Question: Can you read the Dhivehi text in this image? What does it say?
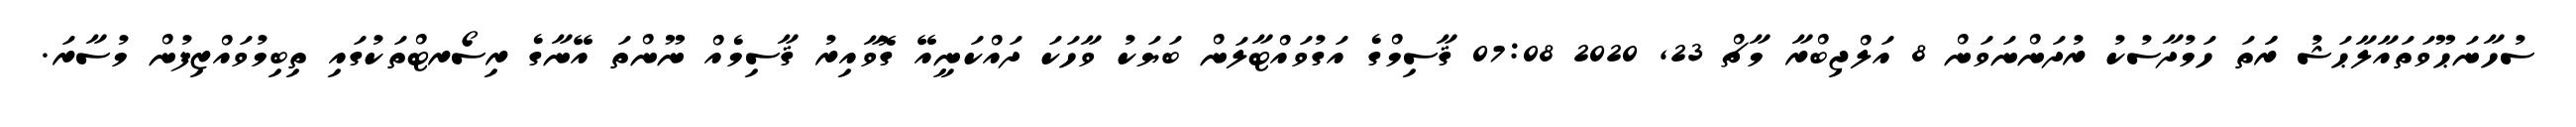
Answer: ސުހާނަޙޫވަތައާލާޙަޝު ރަަތަ ހަމުދާސުކު ރުދަންނަވަން 8 އަލްޖިބްރާ މާޗް 23, 2020 07:08 ޤާސިމްގެ އަގުވައްޓާލަން ބަޔަކު ވާހަކަ ދައްކަނީއޭ ގޮވާއިރު ޤާސިމެއް ނޫންތަ އޭނާގެ ރިސޯރޓްތަކުގައި ތިބިމުވައްޒިފުން މުސާރަ.